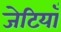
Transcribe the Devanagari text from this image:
जेटियाँ